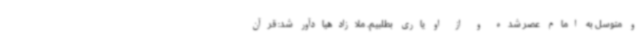
و متوسل به امام عصر شده و از او یاری بطلبیم. ملازادهیادآور شد: قرآن